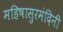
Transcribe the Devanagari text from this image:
महिषासुरमंदिनी